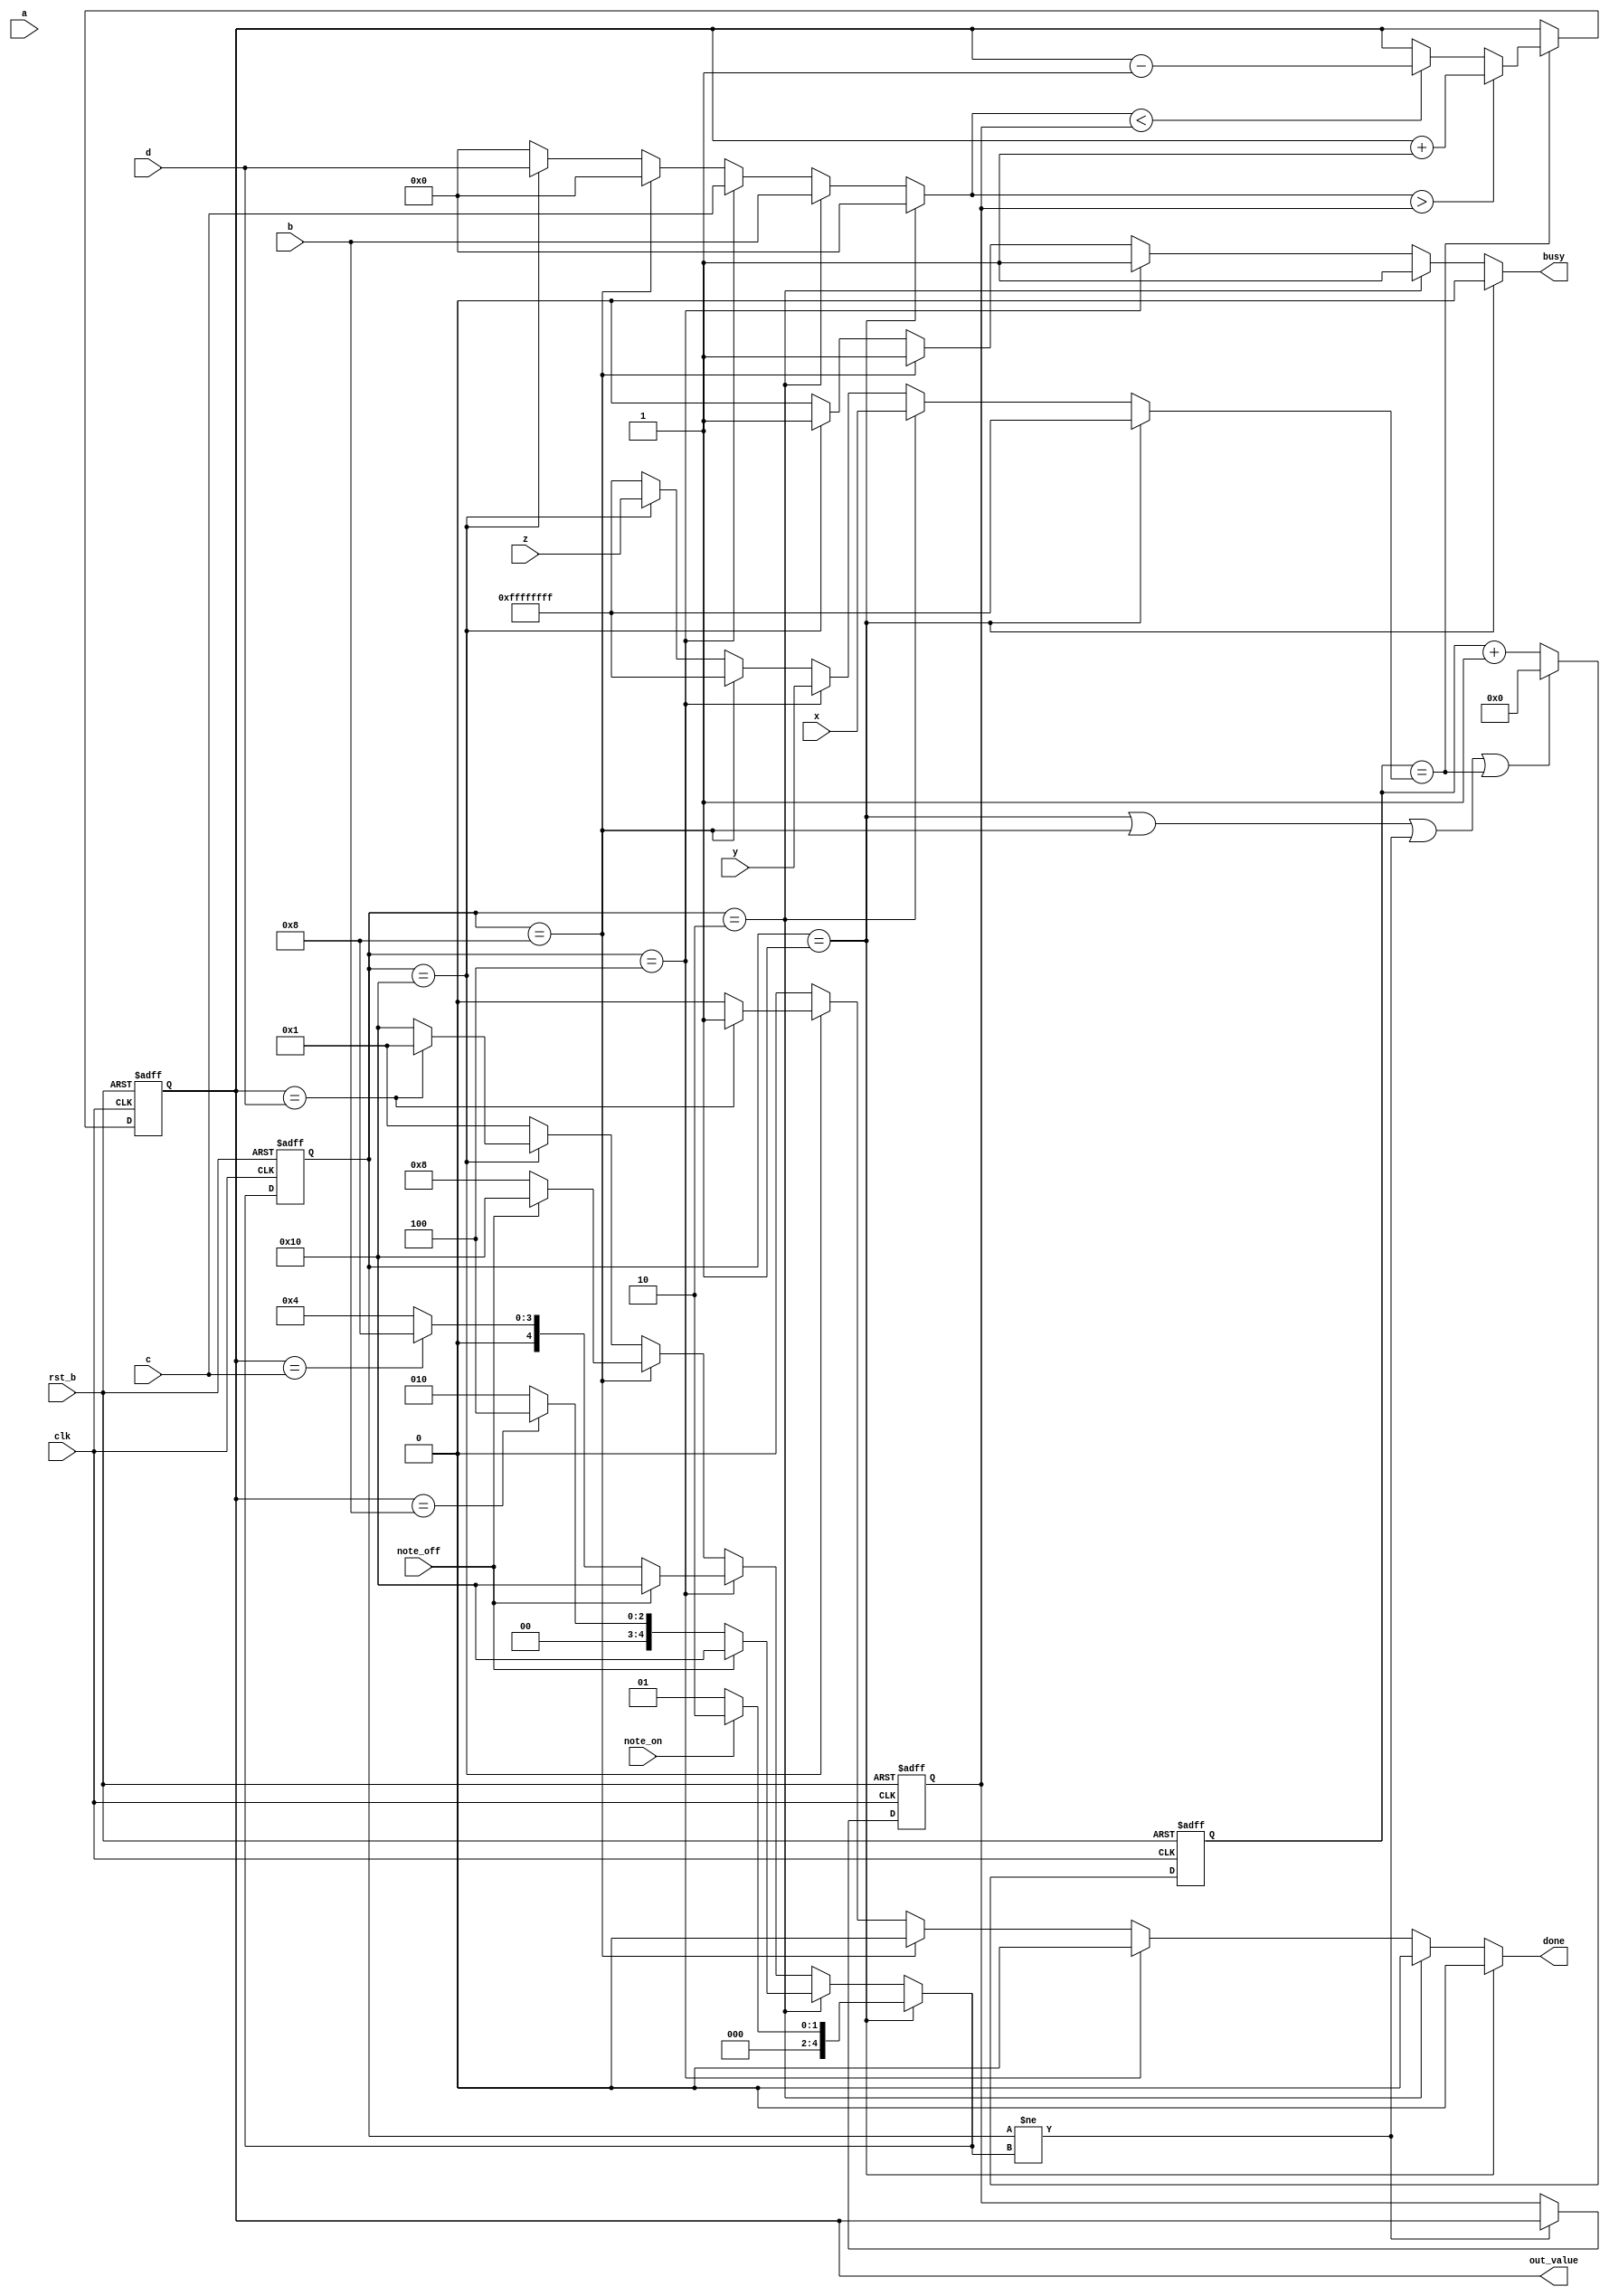
`timescale 1ns / 1ps
`default_nettype none

module fake_envelope_generator(clk,rst_b,note_on,note_off, a, b, c, d, x, y, z, out_value, busy,done);
	input wire clk, rst_b;
	input wire note_on, note_off;
	input wire [17:0] a, b, c, d;
	input wire [31:0] x, y, z;
	output wire [17:0] out_value;
	output reg busy, done;
	
	wire [4:0] IDLE    = 5'b00001;
	wire [4:0] ATTACK  = 5'b00010;
	wire [4:0] DECAY   = 5'b00100;
	wire [4:0] SUSTAIN = 5'b01000;
	wire [4:0] RELEASE = 5'b10000;
	
	reg [4:0] current = 5'b00001, next;
	
	reg [31:0] counter;
	wire [31:0] counter1;
	
   reg [17:0] startfrom;
	reg [17:0] goal;
	
	reg [31:0] ticks;
	
	wire [17:0] out_value1;
	reg [17:0] out_value0;
	assign out_value = out_value0;

	
	wire up, down;
	assign up = (goal > startfrom);
	assign down = (goal < startfrom);
	
	assign counter1 = counter + 1;
	assign out_value1 = up ? out_value + 1 : 
	                down ? out_value - 1 : out_value;


	wire [31:0] counter0;
	
	
	assign counter0 = (current == IDLE || current == SUSTAIN 
		|| current != next || counter == ticks)
	? 0
	: counter1;

  	always @(posedge clk, negedge rst_b) begin
		if(~rst_b) begin
			counter <= 0;
			startfrom <= 0;
			current <= 0;
			out_value0 <= 0;
		end else begin
			if(current != next) 
            startfrom <= out_value;
			if(counter == ticks) 
				out_value0 <= out_value1;
			current <= next;
			counter <= counter0;
		end	
  	end	

  	//next state logic
  	always @* begin
  		done = 0;
		//ticks = -1;
		case(current)
  			IDLE: begin
  				if(note_on)
  					next = ATTACK;
  				else
  					next = IDLE;
  			end
  			ATTACK: begin
  				if(note_off)
					next = RELEASE;
				else if(out_value == b)
  					next = DECAY;
  				else
  					next = ATTACK;
  			end
  			DECAY: begin
  				if(note_off)
					next = RELEASE;
				else if(out_value == c) 
					next = SUSTAIN;
  				else
  					next = DECAY;
  			end
  			SUSTAIN: begin
  				if(note_off)
  					next = RELEASE;
  				else
  					next = SUSTAIN;
  			end
  			RELEASE: begin
  				if(out_value == d) begin
  					next = IDLE;
					done = 1'b1;
  				end else
  					next = RELEASE;
  			end
			default:
				next = IDLE;
  		endcase
  	end
		
  	//output logic
  	always @* begin
  		busy = 0;
		goal = 0;
		ticks = -1;
		case(current)
  			IDLE:begin   
  				busy = 1'b0;
  			end
  			ATTACK:begin
				busy = 1'b1;
				goal = b;
				ticks = x;
  			end
  			DECAY:begin
				busy = 1'b1;
				goal = c;
				ticks = y;
  			end
  			SUSTAIN:begin
  				busy = 1'b1;
  			end
  			RELEASE:begin
				goal = d;
				busy = 1'b1;
				ticks = z;
  			end
  		endcase
  	end
	
endmodule